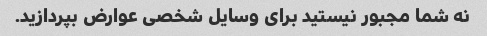
نه شما مجبور نیستید برای وسایل شخصی عوارض بپردازید.